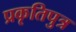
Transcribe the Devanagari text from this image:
प्रकृतिपुत्र